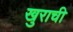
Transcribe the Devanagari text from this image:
खुराची